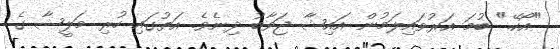
"އޯކޭ." ބުމަ އަރުވައިލަމުން އައިޝާ ޖަވާބު ދިނެވެ. އަތުގައި ހުރި މަލީޝާ ގެ